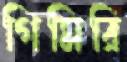
গিমিরি